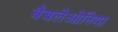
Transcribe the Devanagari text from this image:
बैबलेओनिया